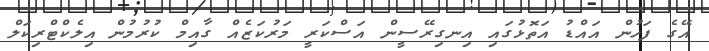
އޭގެ ފަހުން އައްޑު އަތޮޅުގައި އިނގިރޭސީން އަސްކަރީ މަރުކަޒެއް ގާއިމް ކުރުމުން އިލެކްޓްރިކަލް